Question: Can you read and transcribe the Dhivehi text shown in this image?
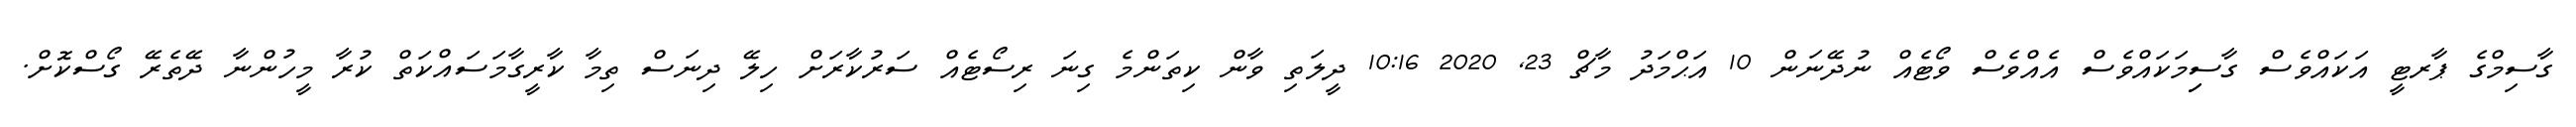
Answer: ގާސިމްގެ ޕާރޓީ އަކައްވެސް ގާސިިމަކައްވެސް އެއްވެސް ވޯޓެއް ނުދޭނަން 10 އަޙްމަދު މާޗް 23, 2020 10:16 ދީލަތި ވާން ކިތަންމެ ގިނަ ރިސޯޓެއް ސަރުކާރަށް ހިލޭ ދިނަސް ތިމާ ކާރީގާމަސައްކަތް ކުރާ މީހުންނާ ދޭތެރޭ ގޯސްކޮށް.